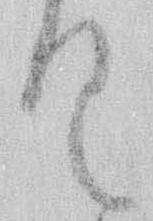
く